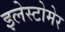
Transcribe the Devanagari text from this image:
इलेस्टोमेर